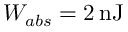
W _ { a b s } = 2 \, \mathrm { n J }